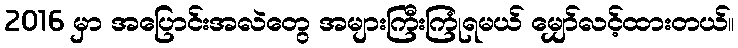
2016 မှာ အပြောင်းအလဲတွေ အများကြီးကြုံရမယ် မျှော်လင့်ထားတယ်။